Mental hospitals Bombay report 1921-28 - 1921-1928
Year: 1921
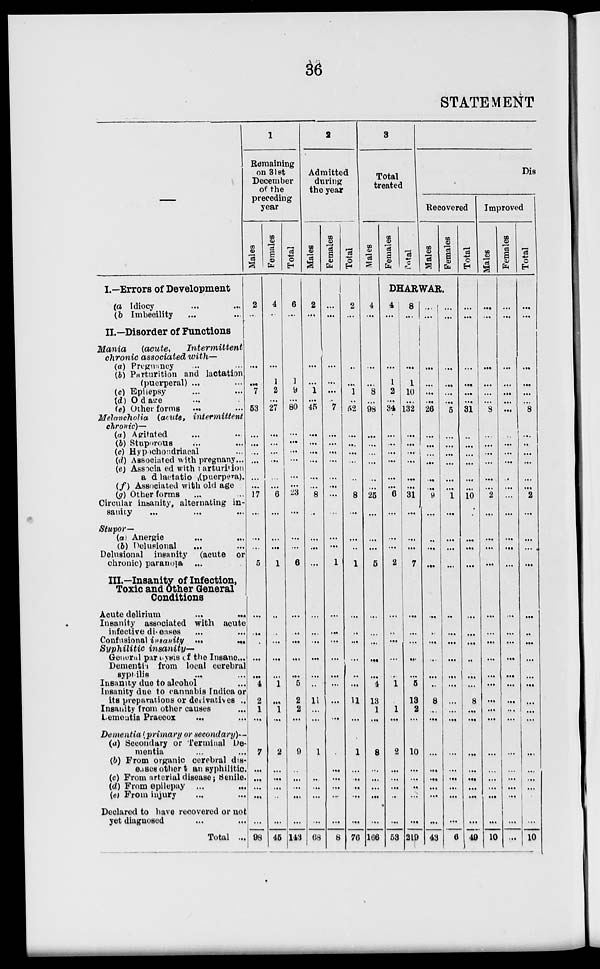
36
STATEMENT
I.—Errors of Development
(a) Idiocy ... ...
(b) Imbecility ... ...
II.—Disorder of Functions
Mania
(acute,
Intermittent
chronic associated with—
(a) Pregnancy ... ...
(b) Parturition and lactation
(puerperal) ... ...
(c) Epilepsy ... ...
(d) Old age ... ...
(e) Other forms ... ...
Melancholia (acute,
intermittent
chronic)—
(a) Agitated ... ...
(b) Stuporous ... ...
(c) Hypochondriacal ...
(d) Associated with pregnany ...
(e) Associated with parturition
and lactation(puerpera).
(f) Associated with old age
(g) Other forms ... ...
Circular insanity, alternating in-
sanity ... ... ...
Stupor—
(a) Anergic ... ...
(b) Delusional ... ...
Delusional insanity (acute or
chronic) paranoia ...
III.—Insanity of Infection,
Toxic and Other General
Conditions
Acute delirium ... ...
Insanity associated with acute
infective diseases ... ...
Confusional insanity
...
...
Syphilitic
insanity—
General paralysis of the Insane...
Dementia from local cerebral
syphilis ... ...
Insanity due to alcohol ...
Insanity due to cannabis Indica or
its preparations or derivatives ..
Insanity from other causes
...
Dementia Praecox ... ...
Dementia (primary or secondary)—
(a) Secondary or Terminal De-
mentia ... ...
(b) From organic cerebral dis-
eases other than syphilitic
(c) From arterial disease; Senile.
(d) From epilepay ...
...
(el From injury
Declared to have recovered or not
yet diagnosed ... ...
Total ...
1
Remaining
on 31st
December
of the
preceding
year
Males
2
...
...
...
7
...
53
...
...
...
...
...
...
17
...
...
...
5
...
...
...
...
...
4
2
1
...
7
...
...
...
...
...
98
Females
4
...
...
1
2
...
27
...
...
...
...
...
...
6
...
...
...
1
...
...
...
...
...
1
...
1
...
2
...
...
...
...
...
45
Total
6
...
...
1
9
...
80
...
...
...
...
...
...
23
...
...
...
6
...
...
...
...
...
5
2
2
...
9
...
...
...
...
...
143
2
Admitted
during
the year
Males
2
...
...
...
1
...
45
...
...
...
...
...
...
8
...
...
...
...
...
...
...
...
...
...
11
...
...
1
...
...
...
...
...
68
Females
...
...
...
...
...
..
7
...
...
...
...
...
...
...
...
...
...
1
...
...
...
...
...
...
...
...
...
...
...
...
...
....
...
8
Total
2
...
...
...
1
...
52
...
...
...
...
...
...
8
...
...
...
1
...
...
...
...
...
...
11
...
...
1
...
...
..
...
...
76
3
Total
treated
Males
4
...
...
...
8
...
98
...
...
...
...
...
...
25
...
...
...
5
...
...
...
...
...
4
13
1
...
8
...
...
...
...
...
166
Females
Total
Dis
Recovered
Males
Females
DHARWAR.
4
...
...
1
2
...
34
...
...
...
...
...
...
6
...
...
...
2
...
...
...
...
...
1
...
1
...
2
...
...
...
...
...
53
8
...
...
1
10
...
132
...
...
...
...
...
...
31
...
...
...
7
...
...
...
...
...
5
13
2
...
10
...
...
...
...
...
219
...
...
...
...
...
...
26
...
...
...
...
...
...
9
...
...
...
...
...
...
...
...
...
...
8
...
...
...
...
...
...
...
...
43
...
...
...
...
...
...
5
...
...
...
...
...
...
1
...
...
...
...
...
...
...
...
...
...
...
...
...
...
...
...
...
...
...
6
Total
...
...
...
...
...
...
31
...
...
...
...
...
...
10
...
...
...
...
...
...
...
...
...
...
8
...
...
...
...
...
...
...
...
49
Improved
Males
...
...
...
...
...
...
8
...
...
...
...
...
...
2
...
...
...
...
...
...
...
...
...
...
...
...
...
...
...
...
...
...
...
10
Females
...
...
...
...
...
...
...
...
...
...
...
...
...
...
...
...
...
...
...
...
...
...
...
...
...
...
...
...
...
...
...
...
...
...
Total
...
...
...
...
...
...
8
...
...
...
...
...
...
2
...
...
...
...
...
...
...
...
...
...
...
...
...
...
...
...
...
...
...
10